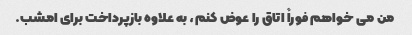
من می خواهم فوراً اتاق را عوض کنم، به علاوه بازپرداخت برای امشب.